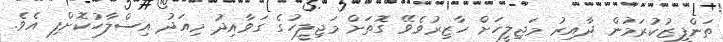
ތަންފީޒުކުރަމުން ދާއިރު މަޖިލީހަށް ހާޒިރުވެވޭ ގޮތަށް މަޖިލީހުގެ ގަވާއިދު މިއަދު އިސްލާހުކޮށްފި އެވެ.